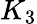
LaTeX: K_{3}